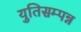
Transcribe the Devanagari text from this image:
युतिसम्पन्न